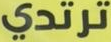
ترتدي